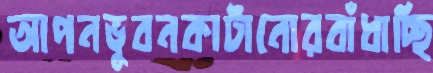
আপনভুবনকাটানোরবাঁধাচ্ছি